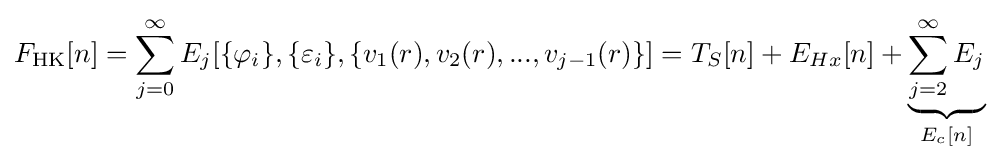
F_{\text{HK}}[n]=\sum _{j=0}^{\infty }E_{j}[\{\varphi _{i}\},\{\varepsilon _{i}\},\{v_{1}(r),v_{2}(r),...,v_{j-1}(r)\}]=T_{S}[n]+E_{Hx}[n]+\underbrace {\sum _{j=2}^{\infty }E_{j}} _{E_{c}[n]}